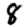
Digit: 8